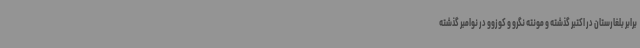
برابر بلغارستان در اکتبر گذشته و مونته نگرو و کوزوو در نوامبر گذشته